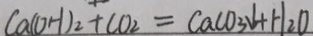
C a ( O H ) _ { 2 } + C O _ { 2 } = C a C O _ { 3 } \downarrow + H _ { 2 } O